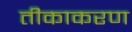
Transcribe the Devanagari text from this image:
तीकाकरण